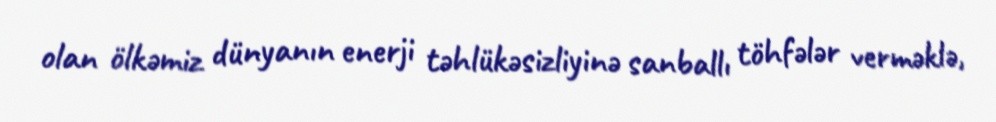
olan ölkəmiz dünyanın enerji təhlükəsizliyinə sanballı töhfələr verməklə,